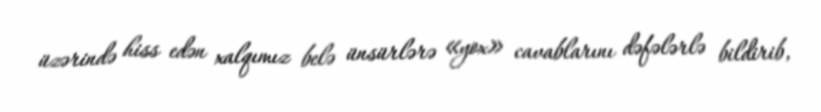
üzərində hiss edən xalqımız belə ünsürlərə «yox» cavablarını dəfələrlə bildirib,